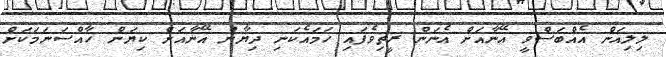
ލިލިއަން އެއްބަސްވީ އޭނާއަށް އެނަން ރީތިވެފައި ހަމައެކަނި ދިޔާން އޭނާއަށް ކިޔަން ހާއްސަނަމަކަށް